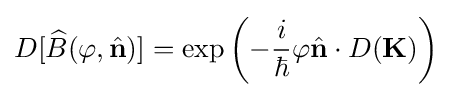
D[{\widehat {B}}(\varphi ,{\hat {\mathbf {n} }})]=\exp \left(-{\frac {i}{\hbar }}\varphi {\hat {\mathbf {n} }}\cdot D(\mathbf {K} )\right)